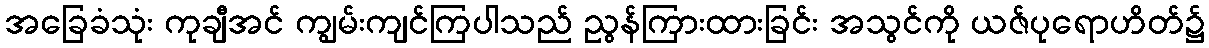
အခြေခံသုံး ကုချီအင် ကျွမ်းကျင်ကြပါသည် ညွန်ကြားထားခြင်း အသွင်ကို ယဇ်ပုရောဟိတ်၌